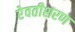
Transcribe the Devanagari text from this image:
रेवतीशरण